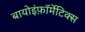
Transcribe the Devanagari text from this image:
बायोइंफ़ॉर्मेटिक्स